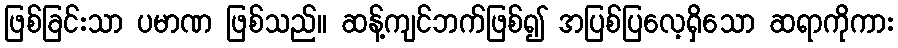
ဖြစ်ခြင်းသာ ပမာဏ ဖြစ်သည်။ ဆန့်ကျင်ဘက်ဖြစ်၍ အပြစ်ပြလေ့ရှိသော ဆရာကိုကား